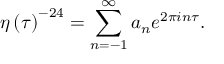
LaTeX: \eta \left( { \tau } \right) ^ { - 2 4 } = \sum _ { n = - 1 } ^ { \infty } a _ { n } e ^ { 2 \pi i n \tau } .